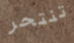
تنتحر